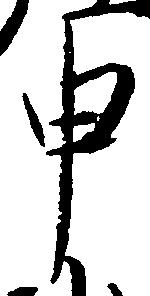
申